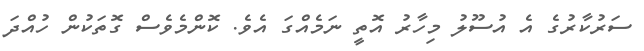
ސަރުކާރުގެ އެ އުސޫލު މިހާރު އޮތީ ނަމެއްގަ އެވެ. ކޮންމެވެސް ގޮތަކުން ހުއްދަ